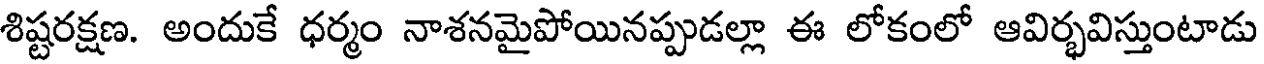
శిష్టరక్షణ. అందుకే ధర్మం నాశనమైపోయినప్పుడల్లా ఈ లోకంలో ఆవిర్భవిస్తుంటాడు